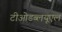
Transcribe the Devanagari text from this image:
टीओडब्लयूएल